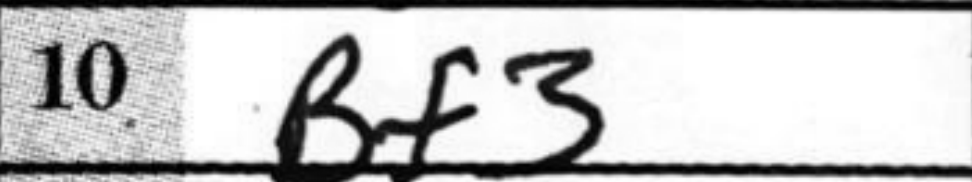
Transcription: Bf3